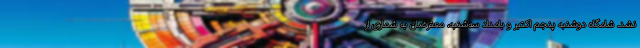
نشد. شامگاه دوشنبه پنجم اکتبر و بامداد سه‌شنبه، معترضان به شماری از